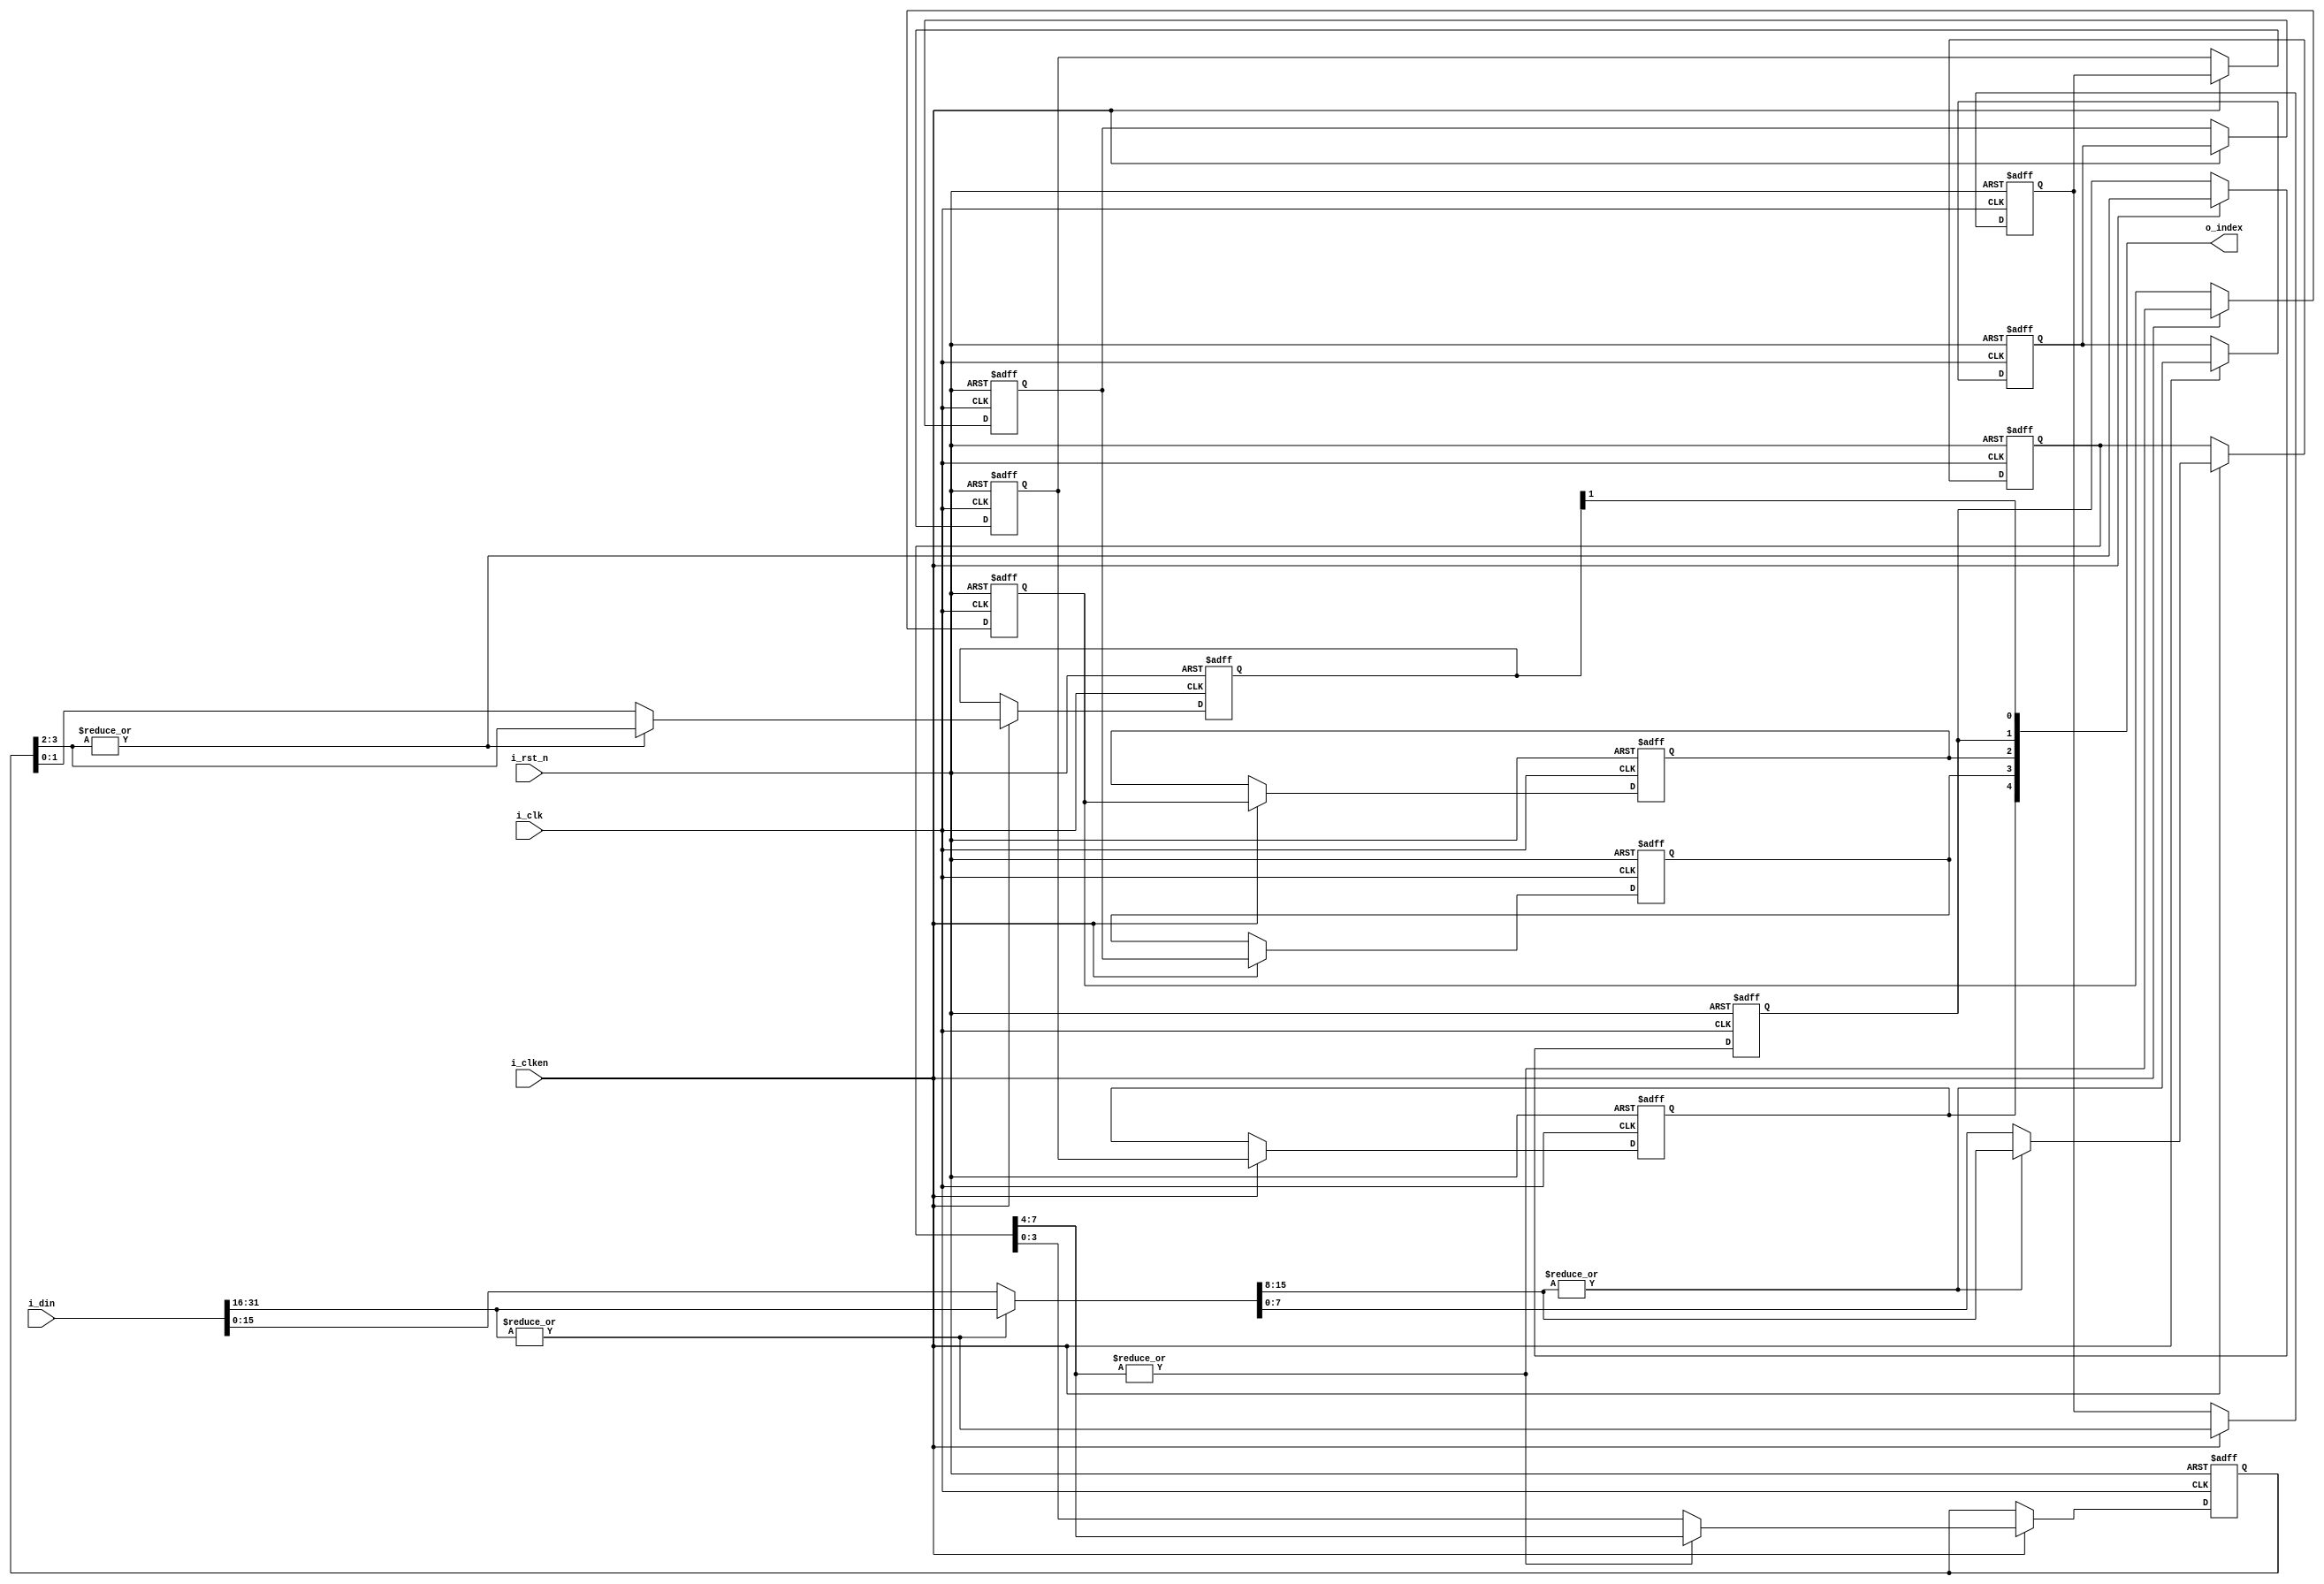
//////////////////////////////////////////////////////////////////////////////
//
// Copyright (c) 2014 PANGO MICROSYSTEMS, INC
// ALL RIGHTS REVERVED.
//
// THE SOURCE CODE CONTAINED HEREIN IS PROPRIETARY TO PANGO MICROSYSTEMS, INC.
// IT SHALL NOT BE REPRODUCED OR DISCLOSED IN WHOLE OR IN PART OR USED BY
// PARTIES WITHOUT WRITTEN AUTHORIZATION FROM THE OWNER.
//
//////////////////////////////////////////////////////////////////////////////
//
// Library:
// Function: find the leftest 1 in the input

//////////////////////////////////////////////////////////////////////////////
`timescale 1ns/1ns

module ipsxe_floating_point_find_one_32bit_v1_0#(parameter LATENCY = 3)(
input i_clk,
input i_rst_n,
input i_clken,
input [31:0] i_din,
output [4:0] o_index
);

reg    [15:0]  replace_value3;
reg    [7:0]   replace_value0;
reg    [3:0]   replace_value1;
reg    [1:0]   replace_value2;

//store the temporary index for output
reg [4:0] index;

//method of bisection
always@(*)begin index[4] = (|i_din[31:16]);end
generate
if (LATENCY>=4)begin
always@(posedge i_clk or negedge i_rst_n)begin
	if (!i_rst_n)replace_value3 <= 0;
	else if (i_clken) replace_value3 <= index[4] ? i_din[31:16] : i_din[15:0];
	else replace_value3 <= replace_value3;
end
end
else begin
always@(*)begin
replace_value3 = index[4] ? i_din[31:16] : i_din[15:0];
end
end
endgenerate

reg index3_dly1, index4_dly1;
always@(*)begin index[3] = (|replace_value3[15:8]);end
generate
if (LATENCY>=1)begin
always@(posedge i_clk or negedge i_rst_n)begin
	if (!i_rst_n)begin
		index3_dly1 <= 0;
		index4_dly1 <= 0;
		replace_value0 <= 0;
	end
	else if(i_clken) begin
		index3_dly1 <= index[3];
		index4_dly1 <= index[4];
		replace_value0 <= index[3]?replace_value3[15:8]:replace_value3[7:0];
	end
	else begin
		index3_dly1 <= index3_dly1;
		index4_dly1 <= index4_dly1;
		replace_value0 <= replace_value0;
	end
end
end
else begin
always@(*)begin
		index3_dly1 <= index[3];
		index4_dly1 <= index[4];
		replace_value0 <= index[3]?replace_value3[15:8]:replace_value3[7:0];
end
end
endgenerate

reg index2_dly2, index3_dly2, index4_dly2;
always@(*)begin index[2] = (|replace_value0[7:4]);end
generate
if (LATENCY>=2)begin
always@(posedge i_clk or negedge i_rst_n)begin
	if (!i_rst_n)begin
		index3_dly2 <= 0;
		index4_dly2 <= 0;
		index2_dly2 <= 0;
		replace_value1 <= 0;
	end
	else if(i_clken) begin
		index3_dly2 <= index3_dly1;
		index4_dly2 <= index4_dly1;
		index2_dly2 <= index[2]; 
		replace_value1 <= index[2] ? replace_value0[7:4] : replace_value0[3:0];
	end
	else begin
		index3_dly2 <= index3_dly2;
		index4_dly2 <= index4_dly2;
		index2_dly2 <= index2_dly2;
		replace_value1 <= replace_value1;
	end
end
end
else begin
always@(*)begin
		index3_dly2 <= index3_dly1;
		index4_dly2 <= index4_dly1;
		index2_dly2 <= index[2];
		replace_value1 <= index[2] ? replace_value0[7:4] : replace_value0[3:0];
end
end
endgenerate

reg index1_dly3, index2_dly3, index3_dly3, index4_dly3;
always@(*)begin index[1] = (|replace_value1[3:2]);end
generate
if (LATENCY>=3)begin
always@(posedge i_clk or negedge i_rst_n)begin
	if (!i_rst_n)begin
		index3_dly3 <= 0;
		index4_dly3 <= 0;
		index2_dly3 <= 0;
		index1_dly3 <= 0;
		replace_value2 <= 0;
	end
	else if(i_clken) begin
		index3_dly3 <= index3_dly2;
		index4_dly3 <= index4_dly2;
		index2_dly3 <= index2_dly2;
		index1_dly3 <= index[1];
		replace_value2 <= index[1] ? replace_value1[3:2] : replace_value1[1:0];
	end
	else begin
		index3_dly3 <= index3_dly3;
		index4_dly3 <= index4_dly3;
		index2_dly3 <= index2_dly3;
		index1_dly3 <= index1_dly3;
		replace_value2 <= replace_value2;
	end
end
end
else begin
always@(*)begin
		index3_dly3 <= index3_dly2;
		index4_dly3 <= index4_dly2;
		index2_dly3 <= index2_dly2;
		index1_dly3 <= index[1];
		replace_value2 <= index[1] ? replace_value1[3:2] : replace_value1[1:0];
end
end
endgenerate

always@(*)begin index[0] = replace_value2[1];end

assign o_index = {index4_dly3,index3_dly3,index2_dly3,index1_dly3,index[0]};

endmodule